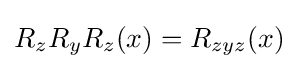
R_{z}R_{y}R_{z}(x)=R_{zyz}(x)